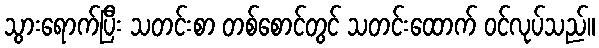
သွားရောက်ပြီး သတင်းစာ တစ်စောင်တွင် သတင်းထောက် ဝင်လုပ်သည်။